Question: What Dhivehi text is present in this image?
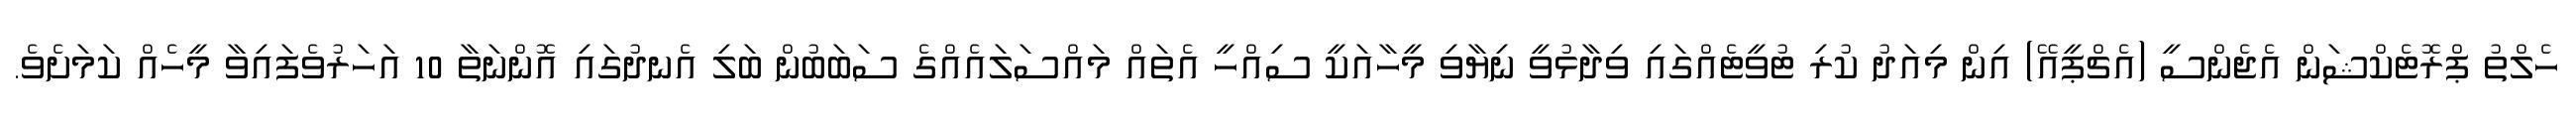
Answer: ހެލްތު ޕްރޮޓެކްޝަން އެޖެންސީ (އެޗްޕީއޭ) އިން މިއަދު ކުރި ޓުވީޓެއްގައި ވިދާޅުވީ ނިޔާވި މީހާއަކީ ސިއްހީ އެތައް މައްސަލައެއްގެ ސަބަބުން ބަލި އެނދުގައި އޮންނަތާ 10 އަހަރުވެފައިވާ މީހެއް ކަމަށެވެ.